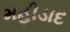
મહીડાદ